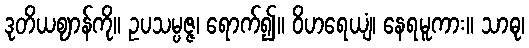
ဒုတိယဈာန်ကို။ ဥပသမ္ပဇ္ဇ၊ ရောက်၍။ ဝိဟရေယျံ၊ နေရမူကား။ သာဓု၊